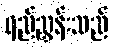
ရည်ညွှန်းသည်